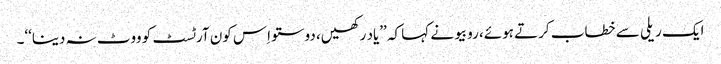
ایک ریلی سے خطاب کرتے ہوئے، روبیو نے کہا کہ ’’یاد رکھیں، دوستو اِس کون آرٹسٹ کو ووٹ نہ دینا‘‘۔